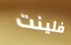
فلينت